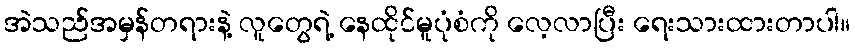
အဲသည်အမှန်တရားနဲ့ လူတွေရဲ့ နေထိုင်မူပုံစံကို လေ့လာပြီး ရေးသားထားတာပါ။